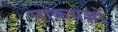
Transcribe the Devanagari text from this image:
पाकयज्ञों